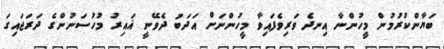
ބަޔާންކުރުމުން މީހުންނާ އިނދެ ވަރިވެފައިވާ މީހުންނަށް އަދަބު ދެވޭނީ ޣައިރު މުހުސަނުންގެ ދަރަޖައިގަ